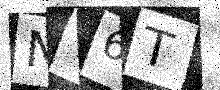
Text: NT6T